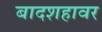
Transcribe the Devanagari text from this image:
बादशहावर